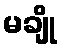
မချို